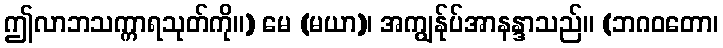
ဤလာဘသက္ကာရသုတ်ကို။) မေ (မယာ)၊ အကျွန်ုပ်အာနန္ဒာသည်။ (ဘဂဝတော၊